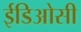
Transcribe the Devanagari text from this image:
ईडिओसी